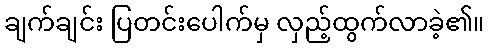
ချက်ချင်း ပြတင်းပေါက်မှ လှည့်ထွက်လာခဲ့၏။